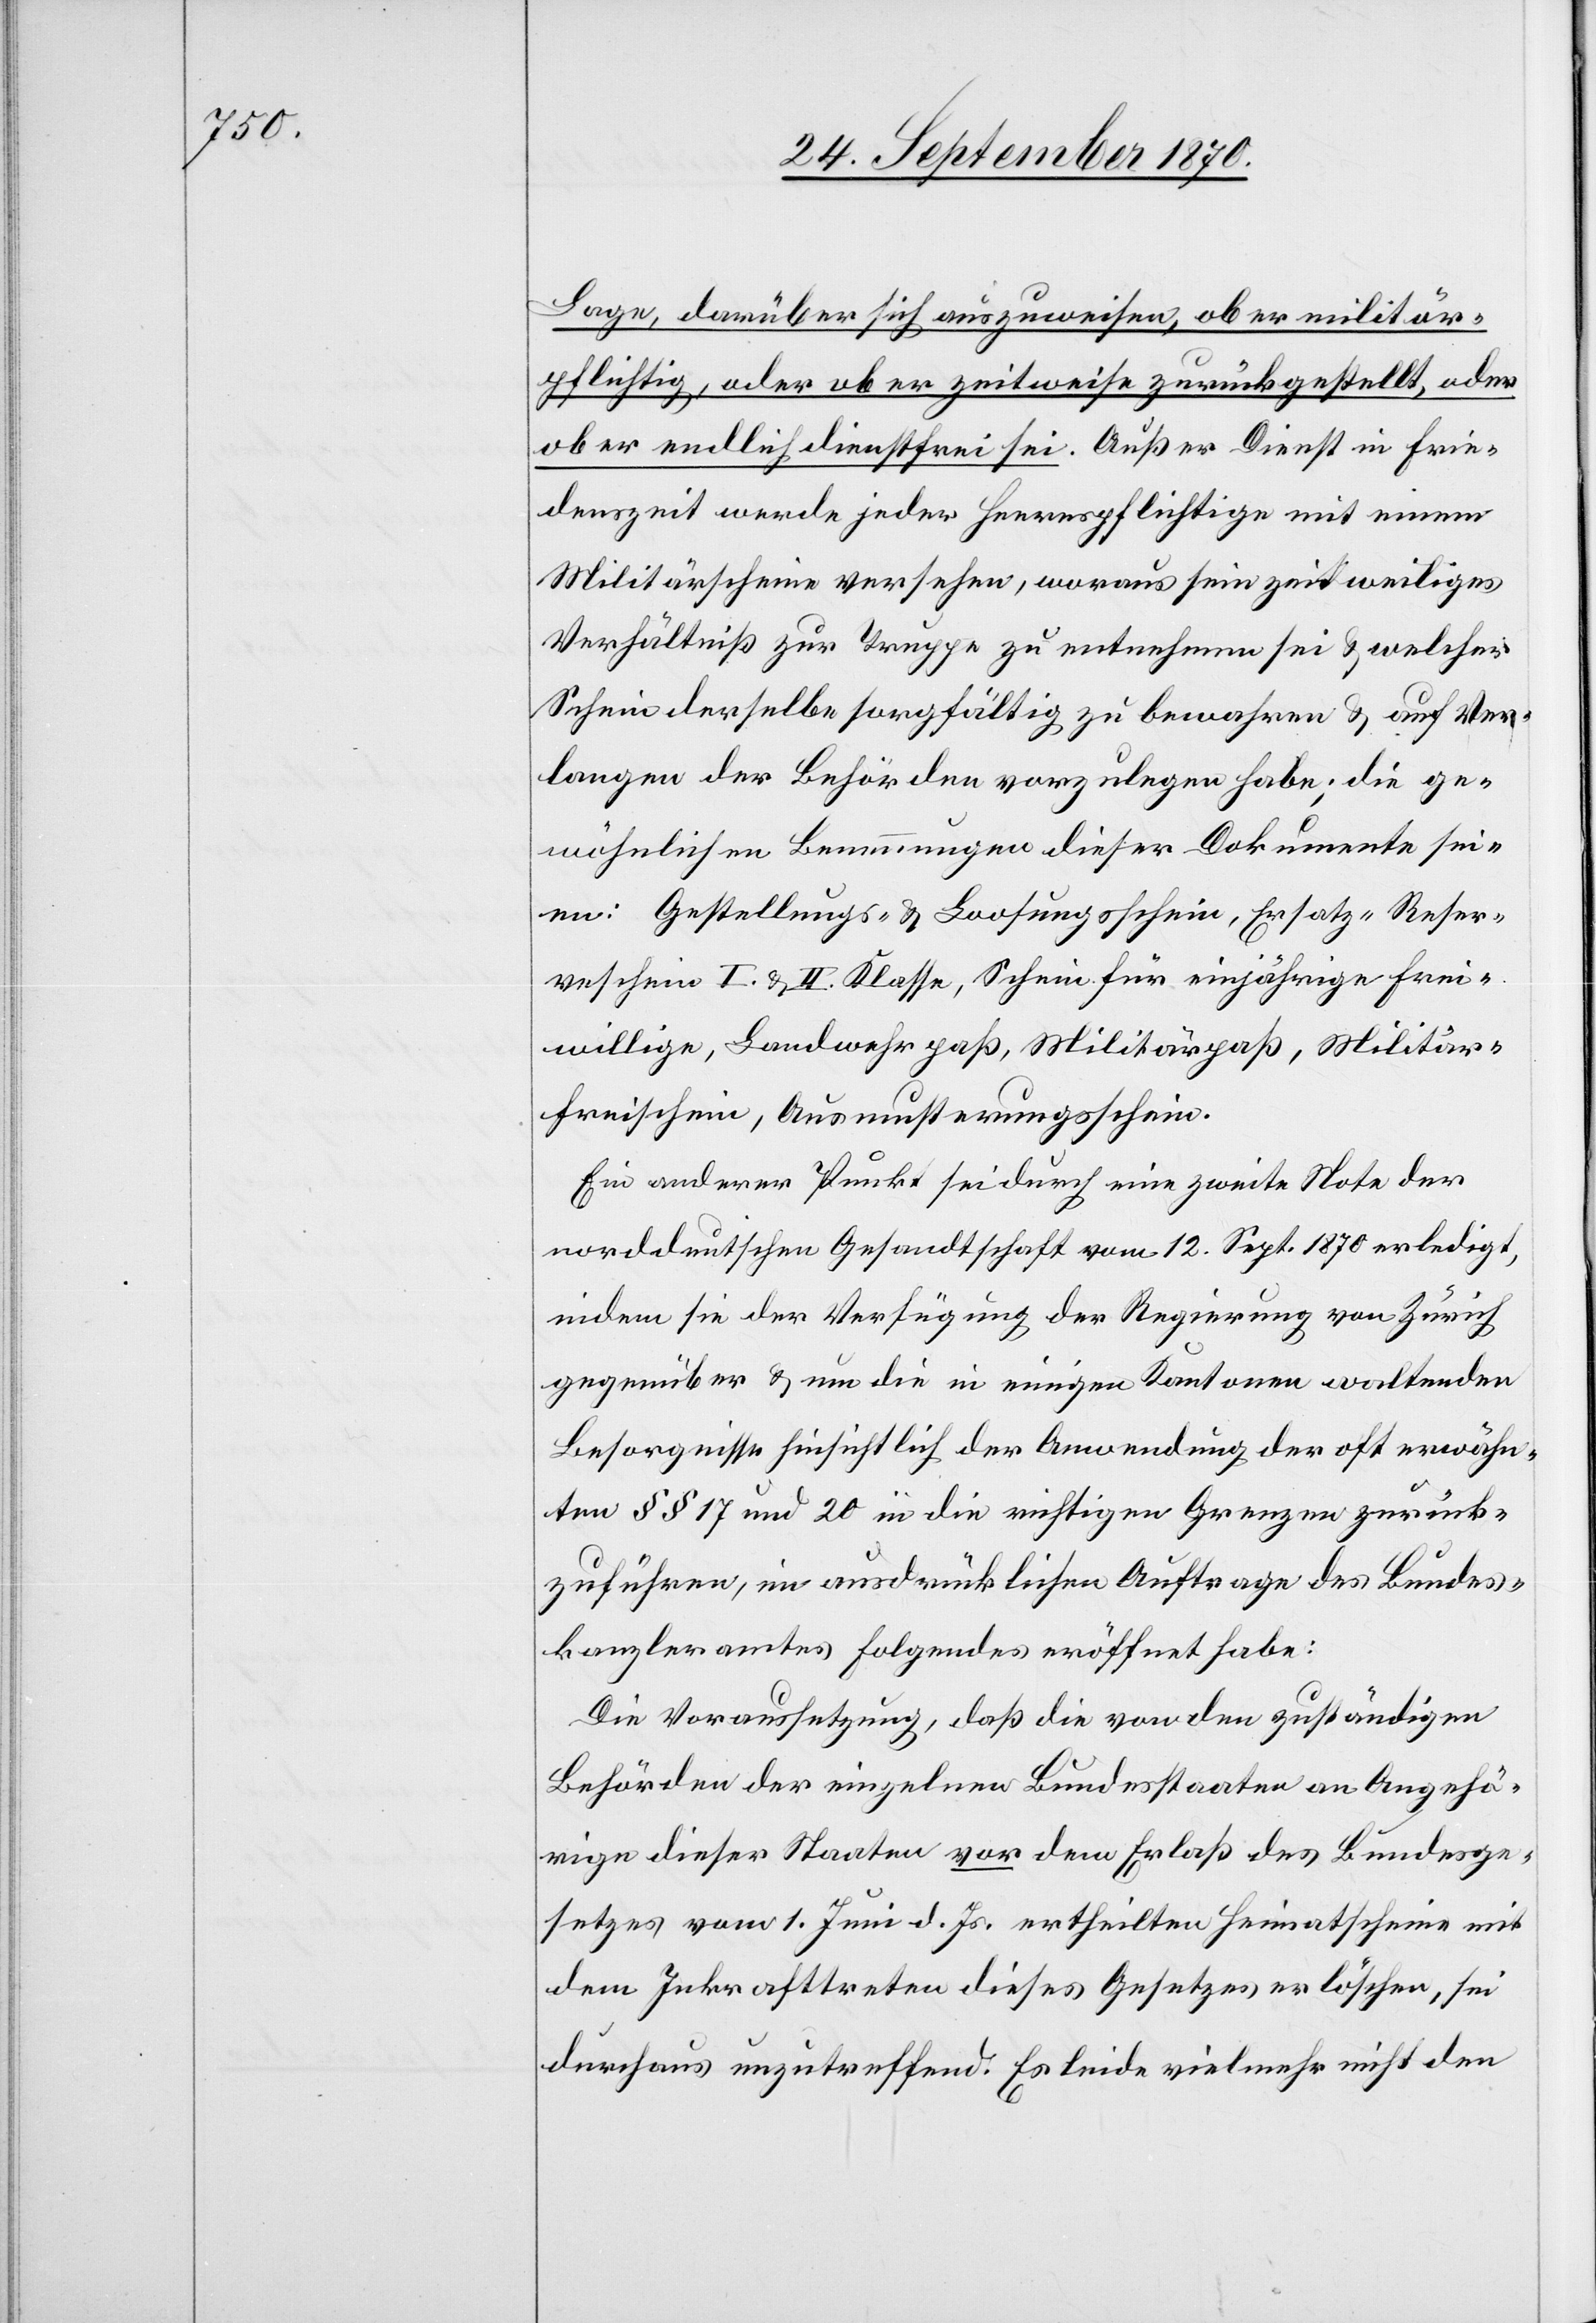
Lage, darüber sich auszuweisen, ob er militär¬
pflichtig, oder ob er zeitweise zurückgestellt, oder
ob er endlich dienstfrei sei. Außer Dienst in Frie¬
denszeit werde jeder Heerespflichtige mit einem
Militärscheine versehen, woraus sein zeitweiliges
Verhältniß zur Truppe zu entnehmen sei & welcher
Schein derselbe sorgfältig zu bewahren & auf Ver¬
langen der Behörden vorzulegen habe; die ge¬
wöhnlichen Lemmungen dieser Dokumente sei¬
en: Gestellung- & Loosungsschein, Ersatz-Reser¬
veschein I. & II. Klasse, Schein für einjährige Frei¬
willige, Landwehrpaß, Militärpaß, Militär¬
freischein, Ausmusterungsschein.
Ein anderer Punkt sei durch eine zweite Note der
norddeutschen Gesandtschaft vom 12. Sept. 1870 erledigt,
indem sie der Verfügung der Regierung von Zürich
gegenüber & um die in einigen Kantonen waltenden
Besorgnisse hinsichtlich der Anwendung der oft erwähn¬
ten §§ 17 und 20 in die richtigen Grenzen zurück¬
zuführen, im ausdrücklichen Auftrage des Bundes¬
kanzleramtes Folgendes eröffnet habe:
Die Voraussetzung, daß die von den zuständigen
Behörden der einzelnen Bundesstaaten an Angehö¬
rige dieser Staaten vor dem Erlaß des Bundesge¬
setzes vom 1. Juni d. Js. ertheilten Heimatscheine mit
dem Inkrafttreten dieses Gesetzes erlöschen, sei
durchaus unzutreffend. Es leide vielmehr nicht den